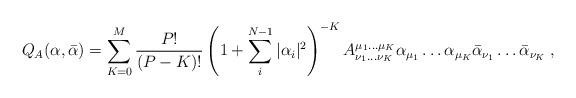
LaTeX: \begin{align*}Q_{A}(\alpha,\bar{\alpha})=\sum_{K=0}^{M}\frac{P!}{(P-K)!}\left(1+\sum_{i}^{N-1}|\alpha_{i}|^{2}\right)^{-K}A^{\mu_{1}\ldots\mu_{K}}_{\nu_{1}\ldots\nu_{K}}\alpha_{\mu_{1}}\ldots\alpha_{\mu_{K}}\bar{\alpha}_{\nu_{1}}\ldots\bar{\alpha}_{\nu_{K}}\:,\end{align*}